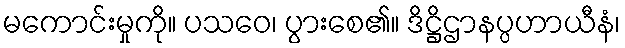
မကောင်းမှုကို။ ပသဝေ၊ ပွားစေ၏။ ဒိဋ္ဌိဌာနပ္ပဟာယီနံ၊